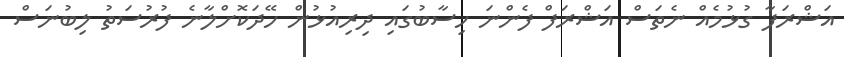
އަޝްރަފާ ގުޅުމެއް ނެތަސް އަޝްރަފް ފެންނަ ހިސާބުގައި ދިރިއުޅުން ހޭދަކޮށްލާނެ ފުރުސަތު ލިބުނަސް